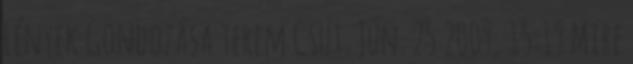
Lények Gondozása terem Csüt. Jún. 25 2009, 15:19 Mire